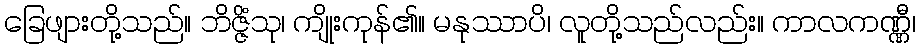
ခြေဖျားတို့သည်။ ဘိဇ္ဇိံသု၊ ကျိုးကုန်၏။ မနုဿာပိ၊ လူတို့သည်လည်း။ ကာလကဏ္ဏီ၊